Veterinary [1904] -
Year: 1904
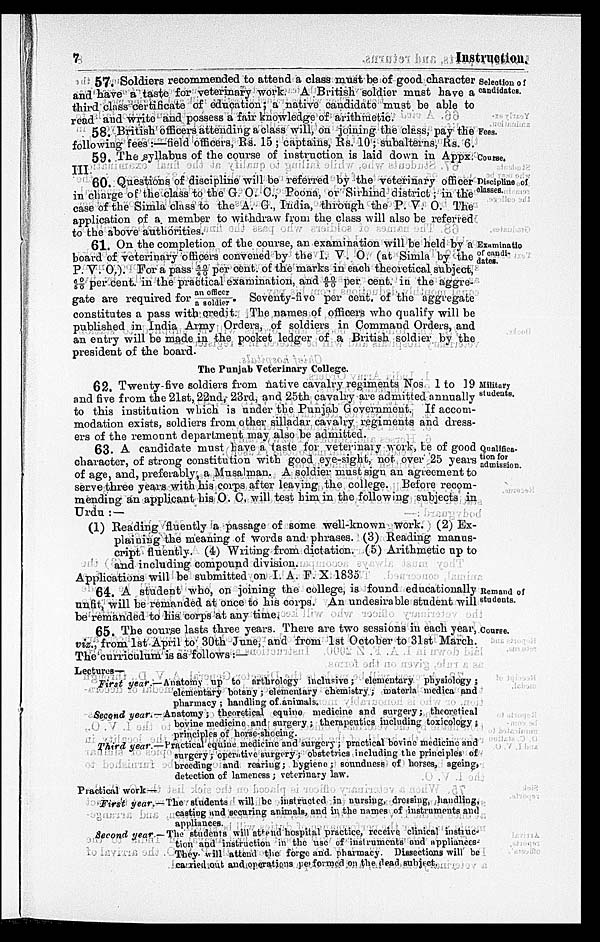
7
Instruction.
Selection of
candidates.
57. Soldiers recommended to attend a class must be of good character
and have a taste for veterinary work. A British soldier must have a
third class certificate of education; a native candidate must be able to
read and write and possess a fair knowledge of arithmetic.
Fees.
58. British officers attending a class will, on joining the class, pay the
following fees:—field officers, Rs. 15 ; captains, Rs. 10; subalterns, Rs. 6.
Course.
59. The syllabus of the course of instruction is laid down in Appx.
III
Discipline of
classes.
60. Questions of discipline will be referred by the veterinary officer
in charge of the class to the G. O. C., Poona, or Sirhind district ; in the
case of the Simla class to the A. G., India, through the P. V. O. The
application of a member to withdraw from the class will also be referred
to the above authorities.
Examinatio
of candi-
dates
61. On the completion of the course, an examination will be held by a
board of veterinary officers convened by the I. V. O. (at Simla by the
P. V. O.). For a pass 50/40 per cent. of the marks in each theoretical subject,
60/50 per cent. in the practical examination, and 60/50 per cent. in the aggre-
gate are required for an officer/an soldier. Seventy-five per cent. of the aggregate
constitutes a pass with credit. The names of officers who qualify will be
published in India Army Orders, of soldiers in Command Orders, and
an entry will be made in the pocket ledger of a British soldier by the
president of the board.
The Punjab Veterinary College.
Military
students.
62. Twenty-five soldiers from native cavalry regiments Nos. 1 to 19
and five from the 21st, 22nd, 23rd, and 25th cavalry are admitted annually
to this institution which is under the Punjab Government. If accom-
modation exists, soldiers from other silladar cavalry regiments and dress-
ers of the remount department may also be admitted.
Qualifica-
tion for
admission.
63. A candidate must have a taste for veterinary work, be of good
character, of strong constitution with good eye-sight, not over 25 years
of age, and, preferably, a Musalman. A soldier must sign an agreement to
serve three years with his corps after leaving the college. Before recom-
mending an applicant his O. C. will test him in the following subjects in
Urdu :-
(1) Reading fluently a passage of some well-known work. (2) Ex-
plaining the meaning of words and phrases. (3) Reading manus-
cript fluently. (4) Writing from dictation. (5) Arithmetic up to
and including compound division.
Applications will be submitted on I. A. F. X 1835
Remand of
students.
64. A student who, on joining the college, is found educationally
unfit, will be remanded at once to his corps. An undesirable student will
be remanded to his corps at any time.
Course.
65. The course lasts three years. There are two sessions in each year,
viz., from 1st April to 30th June, and from 1st October to 31st March.
The curriculum is as follows:—
Lectures—
First year.
Second year.
Third year.
—Anatomy up to anthrology inclusive; elementary physiology;
elementary botany; elementary chemistry; materia medica and
pharmacy ; handling of animals.
— Anatomy; theoretical equine medicine and surgery; theoretical
bovine medicine and surgery ; therapeutics including toxicology ;
principles of horse-shoeing.
— Practical equine medicine and surgery ; practical bovine medicine and
surgery ; operative surgery ; obstetrics including the principles of
breeding and rearing; hygiene; soundness of horses, ageing,
detection of lameness ; veterinary law.
Practical work —
First year
Second year
— The students will be instructed in nursing, dressing, handling,
casting and securing animals, and in the names of instruments and
appliances.
— The students will attend hospital practice, receive clinical instruc-
tion and instruction in the use of instruments and appliances.
They will attend the forge and pharmacy Dissections will be
carried out and operations performed on the dead subject.